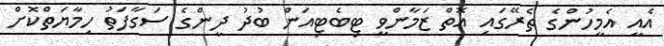
އެއީ އެމީހުންގެ ތެރޭގައި އޮތް ޒަމާންވީ ޓިބެޓިއަން ބުދު ދީންގެ ސަގާފަތު ހިމާޔަތްކޮށް